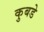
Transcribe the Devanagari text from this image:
कुबडे